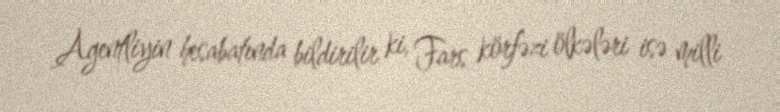
Agentliyin hesabatında bildirilir ki, Fars körfəzi ölkələri isə milli